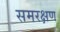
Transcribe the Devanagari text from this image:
समरक्षण